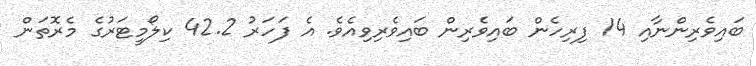
ބައިވެރިންނާއި 14 ފިރިހެން ބައިވެރިން ބައިވެރިވިއެވެ. އެ ފަހަރު 42.2 ކިލޯމީޓަރުގެ މެރޮތަން